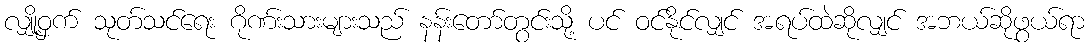
လျှို့ဝှက် သုတ်သင်ရေး ဂိုဏ်းသားများသည် နန်းတော်တွင်းသို့ ပင် ဝင်နိုင်လျှင် အရပ်ထဲဆိုလျှင် အဘယ်ဆိုဖွယ်ရာ